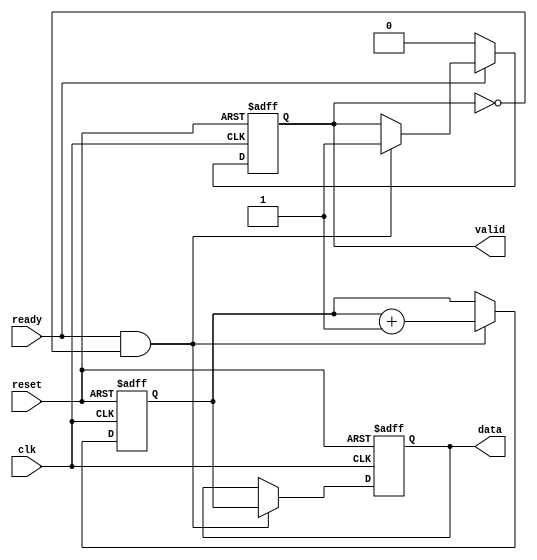
module producer (
    input wire clk,
    input wire reset,
    output reg valid,
    output reg [7:0] data, // Example data width of 8 bits
    input wire ready
);
    // State to hold the current data
    reg [7:0] next_data;

    always @(posedge clk or posedge reset) begin
        if (reset) begin
            valid <= 0;
            data <= 0;
            next_data <= 0;
        end else begin
            if (ready && !valid) begin
                // Produce new data when ready and valid is low
                next_data <= next_data + 1; // Example data generation
                data <= next_data;
                valid <= 1; // Assert valid signal
            end
            
            // Deassert valid signal when ready is low
            if (!ready) begin
                valid <= 0; // Deassert valid when consumer is not ready
            end
        end
    end
endmodule